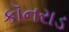
કૉનરાડ